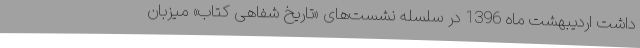
داشت اردیبهشت ماه 1396 در سلسله نشست‌های «تاریخ شفاهی کتاب» میزبان